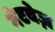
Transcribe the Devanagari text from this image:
गेटवेज़